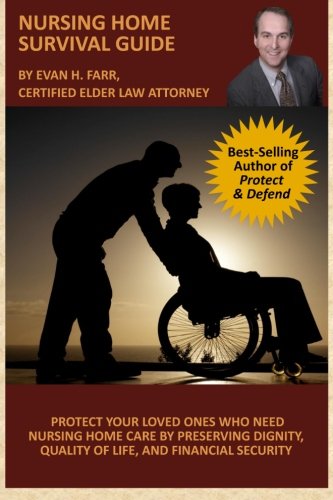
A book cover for Nursing Home Survival Guide: Helping You Protect Your Loved Ones Who Need Nursing Home Care by Preserving Dignity, Quality of Life, and Financial Security; Evan H. Farr CELA; Law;